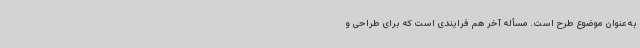
به‌عنوان موضوع طرح است. مسأله آخر هم فرایندی است که برای طراحی و